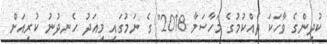
ކުދިންގެ ވާހަކަ ދެއްކުމުގެ މަހާސަމާ 2018" ގެ ނަމުގައި މިއަދު ހެނދުނު ކުރިއަށް